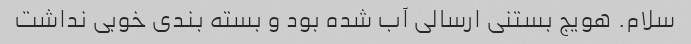
سلام. هویج بستنی ارسالی آب شده بود و بسته بندی خوبی نداشت